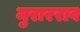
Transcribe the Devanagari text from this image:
मुरारराव